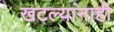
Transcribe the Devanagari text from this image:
खटल्यांनाही